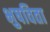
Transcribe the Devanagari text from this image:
भुषविता